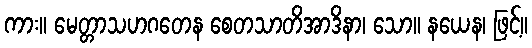
ကား။ မေတ္တာသဟဂတေန စေတသာတိအာဒိနာ၊ သော။ နယေန၊ ဖြင့်။